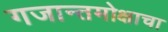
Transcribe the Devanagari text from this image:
गजान्तमोक्षाचा